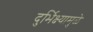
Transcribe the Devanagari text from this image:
दुर्भिक्ष्यामुळे